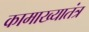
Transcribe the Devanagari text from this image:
कामाख्यातंत्र